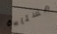
مستاءة